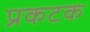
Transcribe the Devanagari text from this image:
प्रकटक